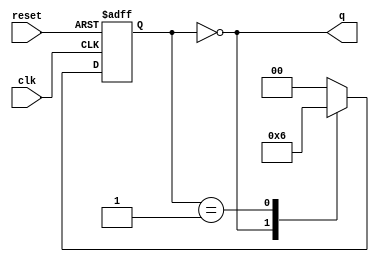

// duty ratio 33%
module divide_by_3(input clk, reset, output q);

  reg [1:0] state,
            next_state;
  parameter [1:0] s0 = 2'b00,
                  s1 = 2'b01,
                  s2 = 2'b10;

  // state register
  always @(posedge clk, posedge reset)
    if (reset)
      state <= s0;
    else
      state <= next_state;

  // next state logic
  always @(state)
    case (state)
      s0:
        next_state = s1;
      s1:
        next_state = s2;
      s2:
        next_state = s0;
      default:
        next_state = s0;
    endcase

  // output logic
  assign q = (state == s0);

endmodule